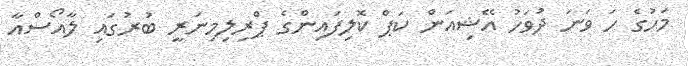
މަހުގެ ހަ ވަނަ ދުވަހު އޭޝިއަން ކަޕް ކޮލިފައިންގެ ޕްރިލިމިނަރީ ބުރުގައި ލާއޯސްއާ